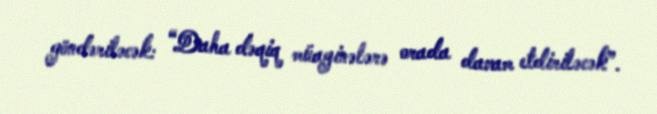
göndəriləcək: “Daha dəqiq müayinələrə orada davam etdiriləcək”.